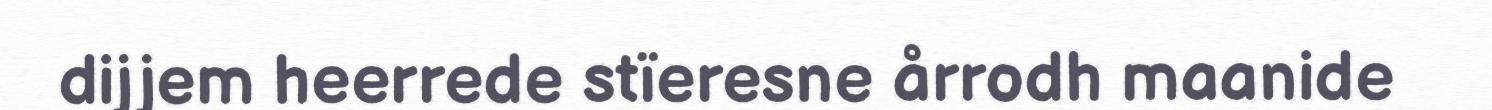
dijjem heerrede stïeresne årrodh maanide